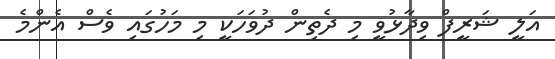
އަލީ ޝަރީފް ވިދާޅުވީ މި ދެތިން ދުވަހަކީ މި މަހުގައި ވެސް އެންމެ